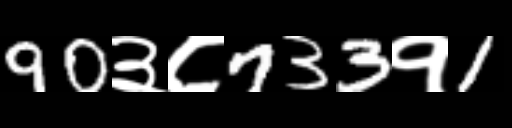
Text: 90३८733१1